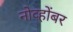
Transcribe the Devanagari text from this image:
नोव्होंबर